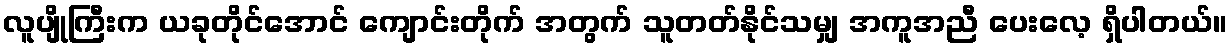
လူပျိုကြီးက ယခုတိုင်အောင် ကျောင်းတိုက် အတွက် သူတတ်နိုင်သမျှ အကူအညီ ပေးလေ့ ရှိပါတယ်။